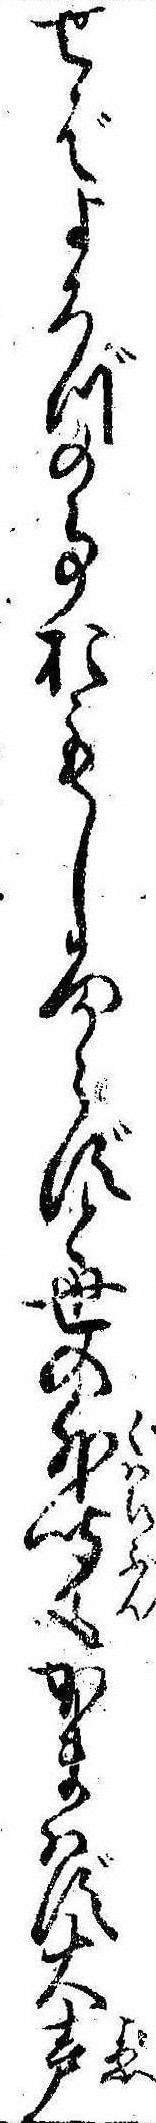
せばよろづの事おもしろからずと世の外聞もかまはず大声